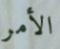
الأمر